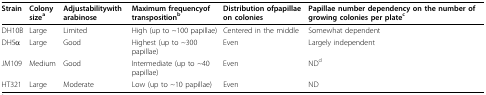
<table><thead><tr><td><b>Strain</b></td><td><b>Colony size<sup>a</sup></b></td><td><b>Adjustabilitywith arabinose</b></td><td><b>Maximum frequencyof transposition<sup>b</sup></b></td><td><b>Distribution ofpapillae on colonies</b></td><td><b>Papillae number dependency on the number of growing colonies per plate<sup>c</sup></b></td></tr></thead><tbody><tr><td>DH10B</td><td>Large</td><td>Limited</td><td>High (up to ~100 papillae)</td><td>Centered in the middle</td><td>Somewhat dependent</td></tr><tr><td>DH5α</td><td>Large</td><td>Good</td><td>Highest (up to ~300 papillae)</td><td>Even</td><td>Largely independent</td></tr><tr><td>JM109</td><td>Medium</td><td>Good</td><td>Intermediate (up to ~40 papillae)</td><td>Even</td><td>ND<sup>d</sup></td></tr><tr><td>HT321</td><td>Large</td><td>Moderate</td><td>Low (up to ~10 papillae)</td><td>Even</td><td>ND</td></tr></tbody></table>